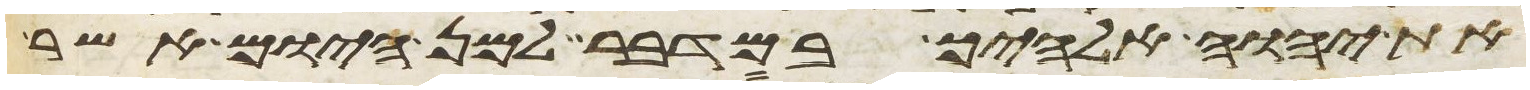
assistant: את יהוה אלהיך במדבר למן היום אשר